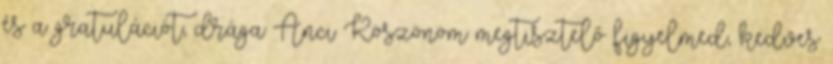
és a gratulációt, drága Anci Köszönöm megtisztelő figyelmed, kedves